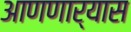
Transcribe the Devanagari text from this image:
आणणार्‍यास